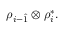
\rho _ { i - \hat { 1 } } \otimes \rho _ { i } ^ { \ast } .